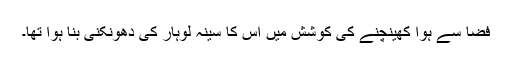
فضا سے ہوا کھینچنے کی کوشش میں اس کا سینہ لوہار کی دھونکنی بنا ہوا تھا۔